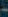
-